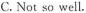
C.Not so well.